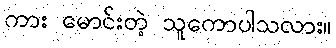
ကား မောင်းတဲ့ သူကောပါသလား။